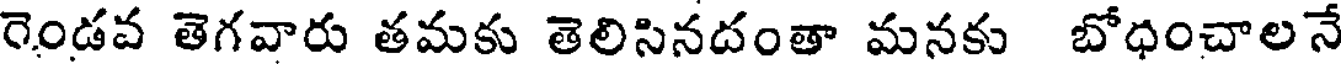
రెండవ తెగవారు తమకు తెలిసినదంతా మనకు బోధంచాలనే